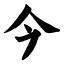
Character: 今